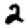
Digit: 2